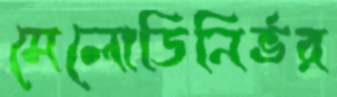
মেলোডিনির্ভর